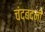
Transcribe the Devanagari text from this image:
चंदबदनी